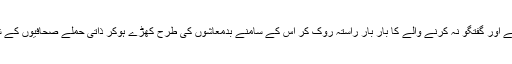
جیسے عامیانہ جملے اور گفتگو نہ کرنے والے کا بار بار راستہ روک کر اس کے سامنے بدمعاشوں کی طرح کھڑے ہوکر ذاتی حملے صحافیوں کے شایان شان نہیں ہیں۔